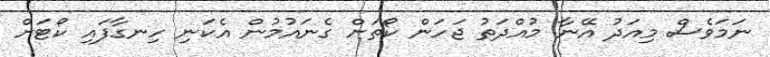
ނަމަވެސް މިއަދު އޭނާ މުއްދަތު ޖަހަން ކޯތަށް ގެނައުމުން އެކަނި ހިނގާފައި ކޯޓަށް